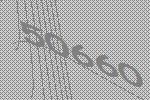
50660